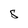
Character: 5